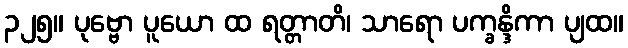
၃၂၅။ ပုဗ္ဗော ပူယော ထ ရတ္တာတိ၊ သာရော ပက္ခန္ဒိကာ ပျထ။